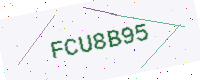
Text: FCU8B95